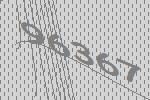
96367